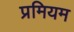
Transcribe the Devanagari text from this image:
प्रमियम